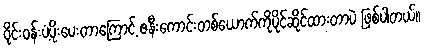
ဝိုင်းဝန်းပံ့ပိုးပေးတာကြောင့် ဇနီးကောင်းတစ်ယောက်ကိုပိုင်ဆိုင်ထားတာပဲ ဖြစ်ပါတယ်။